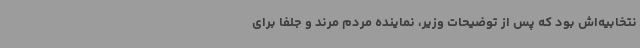
نتخابیه‌اش بود که پس از توضیحات وزیر، نماینده مردم مرند و جلفا برای